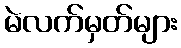
မဲလက်မှတ်များ